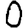
Digit: 0